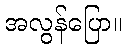
အလွန်ပြော။